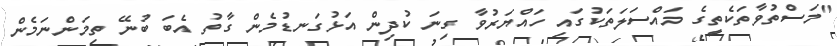
"މަސްތުވާތަކެތީގެ މައްސަލަތަކުގައި ހައްޔަރުވާ ގިނަ ކުދިން އަޅުގަނޑުމެން ގާތު އެބަ ބުނޭ ތިމަންނަމެން